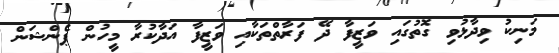
މަނިކު ވިދާޅުވި ގޮތުގައި ވަޒީފާ ދޭ ފަރާތްތަކާއި ވަޒީފާ އަދާކުރާ މީހުން ޕެންޝަން